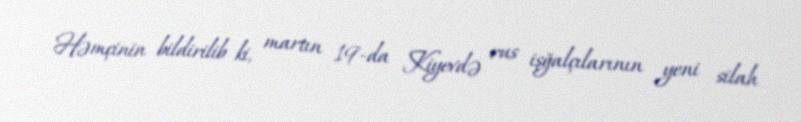
Həmçinin bildirilib ki, martın 19-da Kiyevdə rus işğalçılarının yeni silah